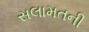
સલામતની